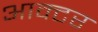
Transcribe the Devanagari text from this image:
आक्टर